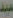
عبد